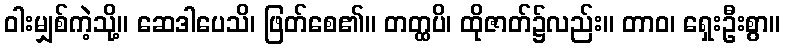
ဝါးမျှစ်ကဲ့သို့။ ဆေဒါပေသိ၊ ဖြတ်စေ၏။ တတ္ထပိ၊ ထိုဇာတ်၌လည်း။ တာဝ၊ ရှေးဦးစွာ။